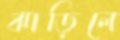
ঝাড়িলে